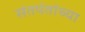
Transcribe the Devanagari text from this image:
संतपंतांच्या